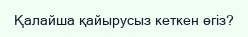
Қалайша қайырусыз кеткен өгіз?